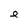
Character: e